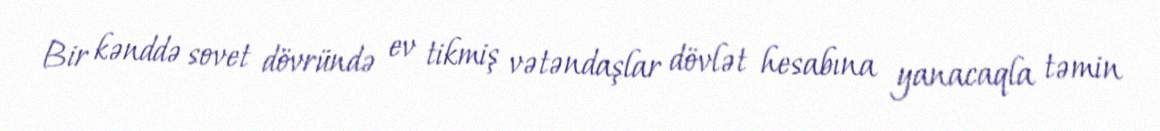
Bir kənddə sovet dövründə ev tikmiş vətəndaşlar dövlət hesabına yanacaqla təmin